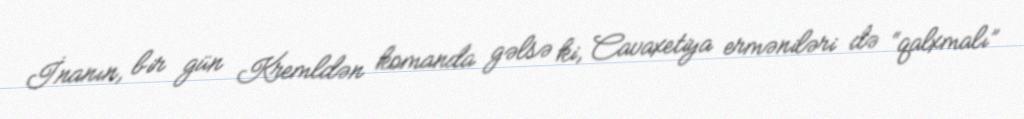
İnanın, bir gün Kremldən komanda gəlsə ki, Cavaxetiya erməniləri də “qalxmalı”